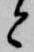
と